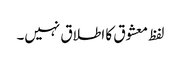
لفظ معشوق کا اطلاق نہیں۔